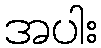
အပါး